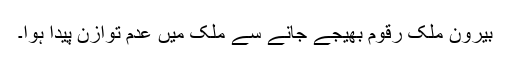
بیرون ملک رقوم بھیجے جانے سے ملک میں عدم توازن پیدا ہوا۔